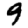
Digit: 9